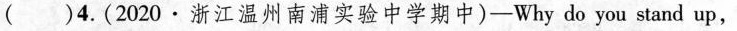
()4.(2020▪浙江温州南浦实验中学期中)— Why do you stand up,